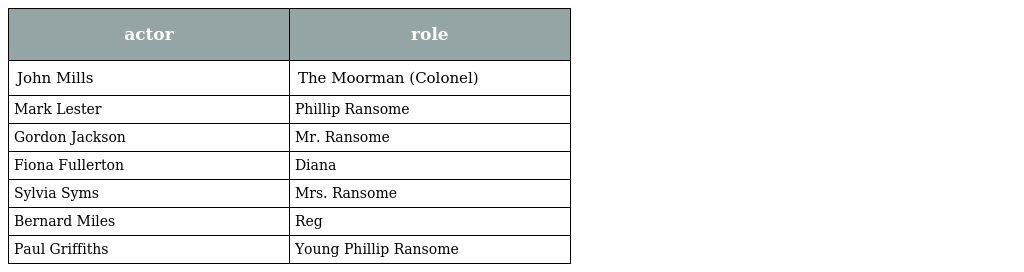
| actor | role |
 | --- | --- |
 | John Mills | The Moorman (Colonel) |
 | Mark Lester | Phillip Ransome |
 | Gordon Jackson | Mr. Ransome |
 | Fiona Fullerton | Diana |
 | Sylvia Syms | Mrs. Ransome |
 | Bernard Miles | Reg |
 | Paul Griffiths | Young Phillip Ransome |